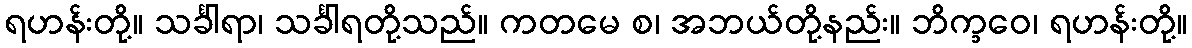
ရဟန်းတို့။ သင်္ခါရာ၊ သင်္ခါရတို့သည်။ ကတမေ စ၊ အဘယ်တို့နည်း။ ဘိက္ခဝေ၊ ရဟန်းတို့။